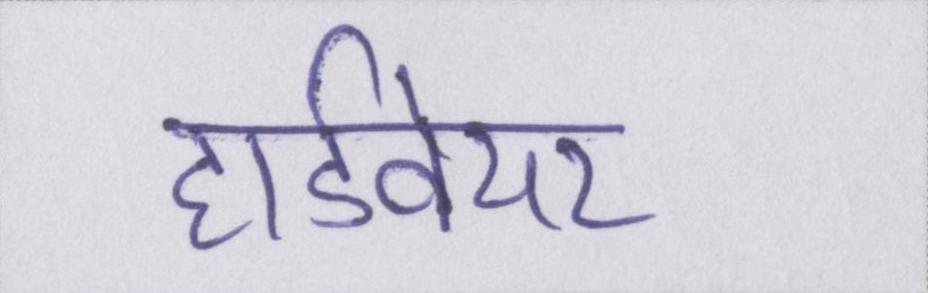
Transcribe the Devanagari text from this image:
हार्डवेयर